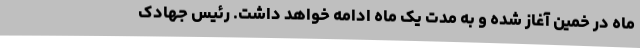
ماه در خمین آغاز شده و به مدت یک ماه ادامه خواهد داشت. رئیس جهادک